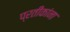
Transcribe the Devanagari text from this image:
प्रतीकांना